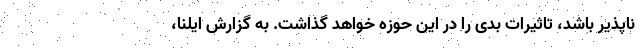
ناپذیر باشد، تاثیرات بدی را در این حوزه خواهد گذاشت. به گزارش ایلنا،